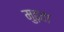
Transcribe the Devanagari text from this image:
मुढ़ता